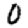
Digit: 0